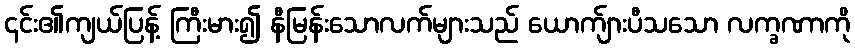
၎င်း၏ကျယ်ပြန့် ကြီးမား၍ နီမြန်းသောလက်များသည် ယောက်ျားပီသသော လက္ခဏာကို